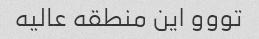
تووو این منطقه عالیه